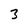
Character: 3